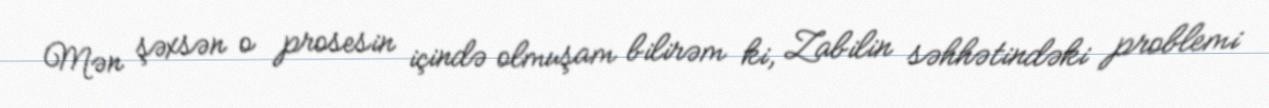
Mən şəxsən o prosesin içində olmuşam bilirəm ki, Zabilin səhhətindəki problemi